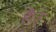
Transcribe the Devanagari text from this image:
है।उ